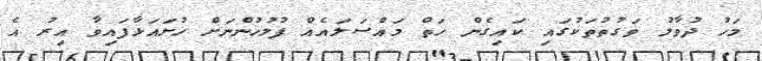
މަހު ދުވާލު ވަގުތުތަކުގައި ކައިގެން ހަތް މައްސަލައެއް ފުލުހުންނަށް ހުށައަޅާފައިވާ އިރު އެ